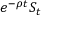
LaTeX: e ^ { - \rho t } S _ { t }